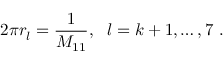
2 \pi r _ { l } = \frac { 1 } { M _ { 1 1 } } , ~ ~ l = k + 1 , \ldots , 7 \ .